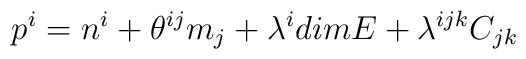
p^{i} =  n^{i} + \theta^{ij}m_{j} +  \lambda^{i}dimE +\lambda^{ijk} C_{jk}